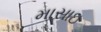
માસાઇ